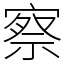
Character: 察